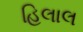
હિલાલ